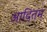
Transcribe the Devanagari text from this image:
आदितम